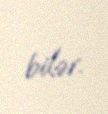
bilər.